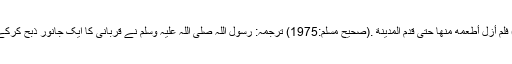
أصلِحْ لحمَ هذه ) فلم أزلْ أُطْعِمُه منها حتى قدمَ المدينةَ .(صحيح مسلم:1975) ترجمہ: رسول اللہ صلی اللہ علیہ وسلم نے قربانی کا ایک جانور ذبح کرکے فرمایا:ثوبان!